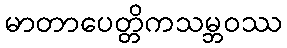
မာတာပေတ္တိကသမ္ဘဝဿ